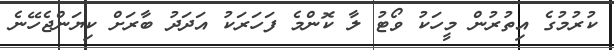
ކުރުމުގެ އިތުރުން މީހަކު ވޯޓު ލާ ކޮންމެ ފަހަރަކު އަދަދު ބާރަށް ކިޔަންޖެހޭނެ